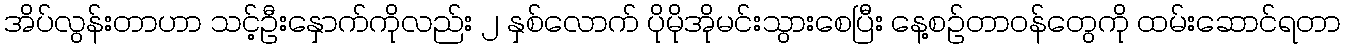
အိပ်လွန်းတာဟာ သင့်ဦးနှောက်ကိုလည်း ၂ နှစ်လောက် ပိုမိုအိုမင်းသွားစေပြီး နေ့စဉ်တာဝန်တွေကို ထမ်းဆောင်ရတာ